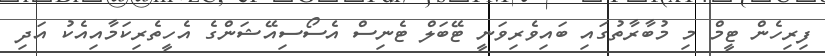
ފިރިހެން ޓީމް މި މުބާރާތުގައި ބައިވެރިވަނީ ޓޭބަލް ޓެނިސް އެސޯސިއޭޝަންގެ އެހީތެރިކަމާއިއެކު އަދި